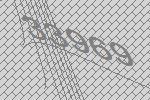
33969